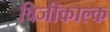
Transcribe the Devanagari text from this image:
विजीकाल्क